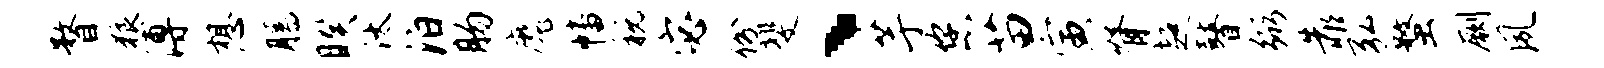
瞀狼溥想腾睽汰泊肠魔幡税宓份斐、芋您苗寅脊超瞽弼靠弘蝥劂夙